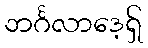
ဘင်္ဂလာဒေ့ရှ်